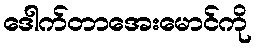
ဒေါက်တာအေးမောင်ကို